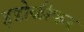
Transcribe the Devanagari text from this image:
इडोळीकर